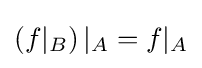
\left(f|_{B}\right)|_{A}=f|_{A}